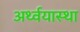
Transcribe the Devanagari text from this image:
अर्थ्वयास्था